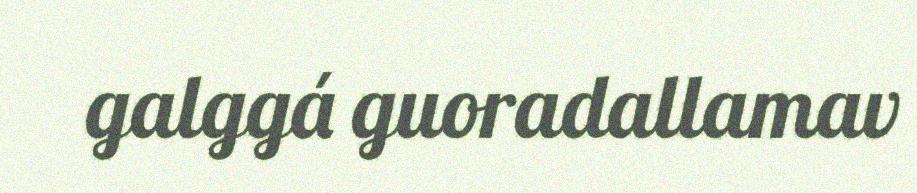
galggá guoradallamav